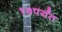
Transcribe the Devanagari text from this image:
१७पर्यंत